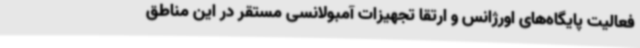
فعالیت پایگاه‌های اورژانس و ارتقا تجهیزات آمبولانسی مستقر در این مناطق